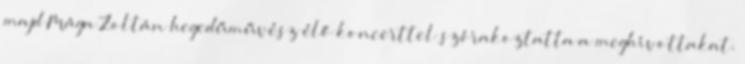
majd Mága Zoltán hegedűművész élő koncerttel szórakoztatta a meghívottakat.